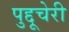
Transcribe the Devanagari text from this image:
पुद्दूचेरी